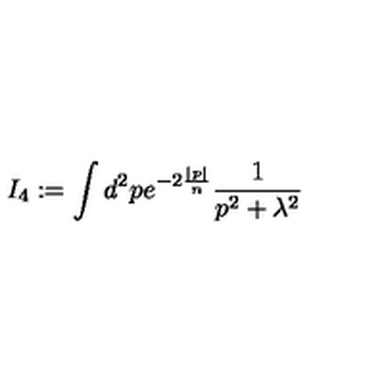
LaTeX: I _ { 4 } : = \int d ^ { 2 } p e ^ { - 2 \frac { | p | } { n } } \frac { 1 } { p ^ { 2 } + \lambda ^ { 2 } }